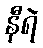
နီရဲ